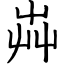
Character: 芔